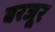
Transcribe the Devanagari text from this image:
बरजूर